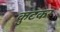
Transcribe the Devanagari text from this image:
कुटकर